Vaccination in Bombay 1874-1876 - 1874-1876
Year: 1874
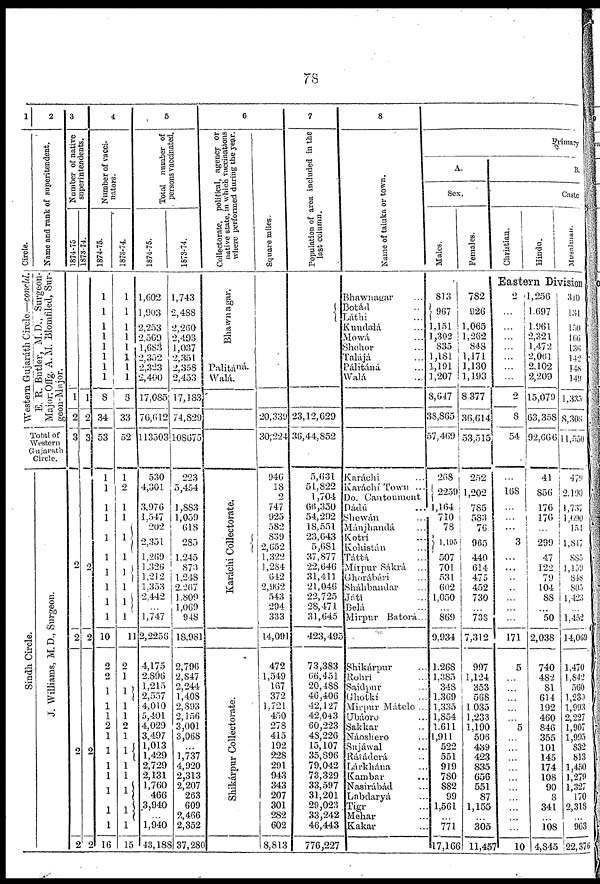
78
1
Circle.
Western Gujaráth Circle.—concld.
2
Name and rank of superitendent.
E. R. Butler, M.D., Surgeon¬
Major Offg. A.M. Blomfiled, Sur¬
geon-Major.
Total of
Western
Gujarath
Circle.
Sindh Circle.
J. Williams, M. D., Surgeon.
3
Number of native
superintendents.
1874-75
1
2
3
2
2
2
2
1873-74.
1
2
3
2
1
2
2
4
Number of vacci-
nators.
1874-75.
1
1
1
1
1
1
1
1
8
34
53
1
1
1
1
1
1
1
1
...
1
10
2
2
1
1
1
2
1
1
1
1
1
1
1
16
1873-74.
1
1
1
1
1
1
1
1
8
33
52
1
1
1
1
1
1
1
1
1
1
11
2
1
1
1
1
2
1
1
1
1 1
1
1
15
5
Total number of
persons vaccinated.
1874-75.
1,602
1 ,903
2,253
2,569
1,683
2,352
2,323
2,400
17,085
76,612
113503
530
4,301
3,976
1,547
202
2,351
1,269
1,326
1,212
1,353
2,442
...
1,747
2,2256
4,175
2,896
1,215
2,557
4,010
5,401
4,029
3,497
1,013
1,429
2,729
2,131
1,760
466
3,940
...
1,940
43,188
1873-74.
1,743
2,488
2,260
2,493
1,037
2,351
2,358
2,453
17,183
74,829
108675
223
5,454
1,883
1,059
618
285
1,245
873
1,248
2,267
1,809
1,069
948
18,981
2,796
2,847
2,244
1,408
2,893
2,156
3,001
3,068
...
1,737
4,920
2,313
2,207
263
609
2,466
2,352
37,280
6
Collectorate, political, agency or
native state, in which vaccinations
where performed during the year.
Bhawnagar.
Palitáná.
Walá.
Karáchi Collectorate.
Shikárpur Collectorate.
Square miles.
20,339
30,224
946
18
2
747
925
582
839
2,652
1,322
1,284
642
2,962
543
294
333
14,091
472
1,549
167
372
1,721
450
278
415
192
228
291
943
343
207
301
282
602
8,813
7
Population of area included in the
last column.
23,12,629
36,44,852
5,631
51,822
1,704
66,350
54,292
18,551
23,643
5,681
37,877
22,646
31,411
21,046
22,725
28,471
31,645
423,495
73,383
66,451
20,488
46,406
42,127
42,043
60,223
48,226
15,107
35,896
79,042
73,329
33,597
31,201
29,023
33,242
46,443
776,227
8
Name of taluka or town.
Bhawnauar ...
Botád ...
Láthi ...
Kundalá ...
Mowá ...
Shehor ...
Talájá ...
Pálitáná ...
Walá ...
Karáchi ...
Karáchí Town ...
Do. Cantonment
Dádú ...
Shewán Keyboard Problem
Mánjhandá Keyboard Problem
Kotrí ...
Kohistán ...
Táttá ...
Mirpur Sákrá ...
Ghorábári ...
Sháhbandar ...
Játi ...
Belá ...
Mirpur Batorá...
Shikárpur ...
Rohri ...
Saidpur ...
Ghotkí ...
Mirpur Mátelo ...
Ubáoro ...
Sakkar ...
Náoshero ...
Sujáwal ...
Rájáderá ...
Lárkhána ...
Kambar
Nasirábád ...
Labdaryá ...
Tigr ...
Mehar ...
Kakar ...
Primary
A.
Sex.
Males.
813
967
1,151
1,302
835
1,181
1,191
1,207
8,647
38,865
57,469
268
2259
1,164
710
78
1,195
507
701
531
602
1,050
...
869
9,934
1,268
1,385
348
1,369
1,335
1,854
1,611
1,911
522
551
919
780
882
99
1,561
...
771
17,166
Females.
782
926
1,065
1,262
848
1,171
1,130
1,193
8,377
36,614
53,515
252
1,202
785
583
76
965
440
614
475
452
730
...
738
7,312
997
1,124
353
568
1,035
1,233
1,190
506
439
423
835
656
551
87
1,155
...
305
11,457
B.
Caste
Christian.
Hindu.
Musalman.
Eastern Division
2
...
...
...
...
...
...
...
2
8
54
...
168
...
...
...
3
...
...
...
...
...
...
...
171
5
...
...
...
...
...
5
...
...
...
...
...
...
...
...
...
...
10
1,256
1,697
1,961
2,321
1,472
2,061
2,102
2,209
15,079
63,358
92,666
41
856
176
176
...
299
47
122
79
104
88
...
50
2,038
740
482
81
614
192
460
846
355
101
145
174
108
90
8
341
...
108
4,845
310
134
150
166
136
142
148
149
1,335
8,308
11,550
479
2,190
1,737
1,690
154
1,847
885
1,159
848
805
1,423
...
1,452
14,069
1,470
1,842
560
1,230
1,993
2,227
1,907
1,995
832
813
1,450
1,279
1,327
170
2,318
...
963
22,376